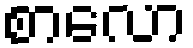
စာလော